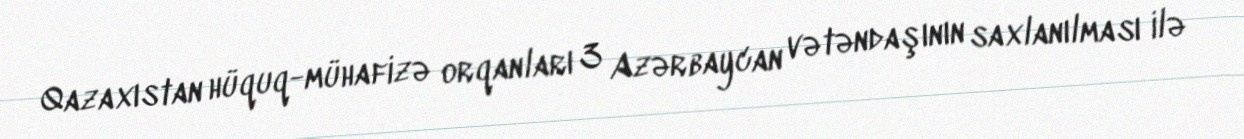
Qazaxıstan hüquq-mühafizə orqanları 3 Azərbaycan vətəndaşının saxlanılması ilə